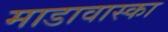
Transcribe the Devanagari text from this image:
माडावास्का